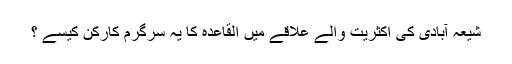
شیعہ آبادی کی اکثریت والے علاقے میں القاعدہ کا یہ سرگرم کارکن کیسے ؟